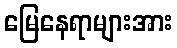
မြေနေရာများအား